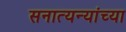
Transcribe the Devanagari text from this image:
सनात्यन्यांच्या